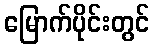
မြောက်ပိုင်းတွင်